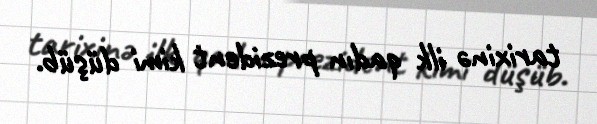
tarixinə ilk qadın prezident kimi düşüb.